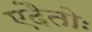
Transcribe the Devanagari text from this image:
एदैतोः